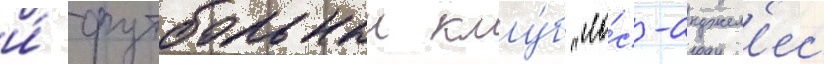
и́ футбольныи клу́б "ло́с-анджел'ес